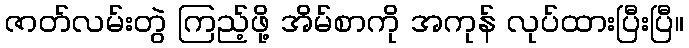
ဇာတ်လမ်းတွဲ ကြည့်ဖို့ အိမ်စာကို အကုန် လုပ်ထားပြီးပြီ။